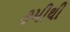
૭મીથી